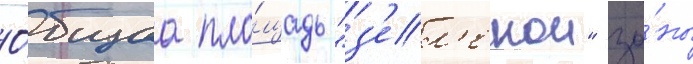
О́бщаа пло́щадь "з'ел'енои" зо́ны